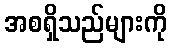
အစရှိသည်များကို